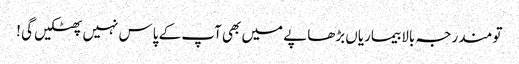
تو مندرجہ بالا بیماریاں بڑھاپے میں بھی آپ کے پاس نہیں پھٹکیں گی !